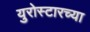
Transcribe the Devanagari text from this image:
युरोस्टारच्या